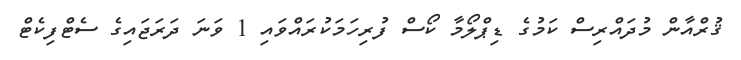
ޤުރްއާން މުދައްރިސް ކަމުގެ ޑިޕްލޯމާ ކޯސް ފުރިހަމަކުރައްވައި 1 ވަނަ ދަރަޖައިގެ ސެޓްފިކެޓް